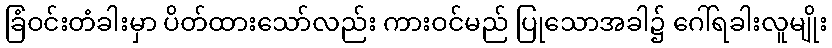
ခြံဝင်းတံခါးမှာ ပိတ်ထားသော်လည်း ကားဝင်မည် ပြုသောအခါ၌ ဂေါ်ရခါးလူမျိုး